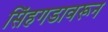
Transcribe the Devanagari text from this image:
सिंहगडावरून